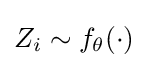
Z_{i}\sim f_{\theta }(\cdot )